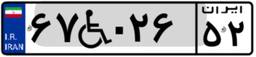
۵۲W۱۹۶۴۳